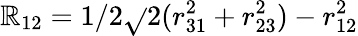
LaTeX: \mathbb{R}_{12}=1/2\sqrt{}{{2(r_{31}^{2}+r_{23}^{2})-r_{12}^{2}}}